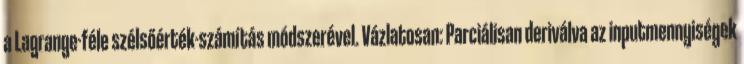
a Lagrange-féle szélsőérték-számítás módszerével. Vázlatosan: Parciálisan deriválva az inputmennyiségek